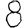
Digit: 8